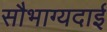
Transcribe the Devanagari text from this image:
सौभाग्यदाई